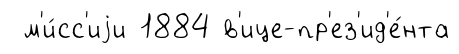
м'и́сс'иjи 1884 в'ице-пр'ез'ид'е́нта